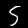
Digit: 5